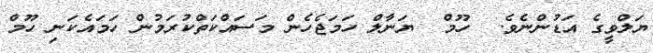
ޔަލްވީގެ އަޑުންނެވެ.  ހޫމް  ޔަނާލް ހަމަޖެހެން މަސައްކަތްކުރަމުން ހަމައެކަނި ހޫމް